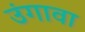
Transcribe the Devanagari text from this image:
उंगावा